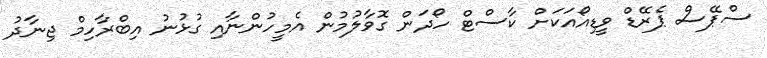
ސްޕޭސް ޕެރޭޑް ވީޑިއޯއަކަށް ކާސްޓް ހޯދަން ގޮވާލުމުން އެމީހުންނާއި ގުޅުނު އިބްރާހިމް ޖިނާދު